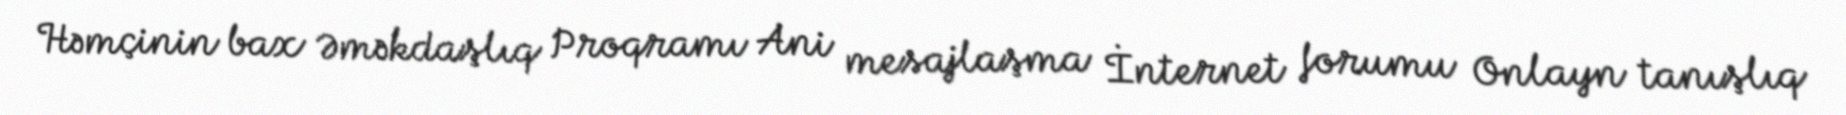
Həmçinin bax Əməkdaşlıq Proqramı Ani mesajlaşma İnternet forumu Onlayn tanışlıq